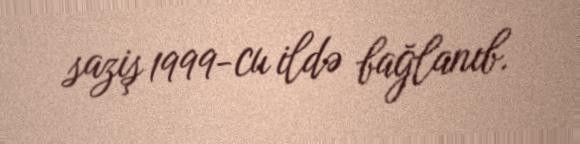
saziş 1999-cu ildə bağlanıb.